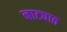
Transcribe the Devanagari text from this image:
नाट्यात